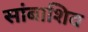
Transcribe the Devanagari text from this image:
सांबाशिव